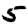
Digit: 5